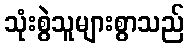
သုံးစွဲသူများစွာသည်